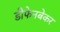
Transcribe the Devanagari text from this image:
डीफेनबेकर